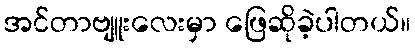
အင်တာဗျူးလေးမှာ ဖြေဆိုခဲ့ပါတယ်။